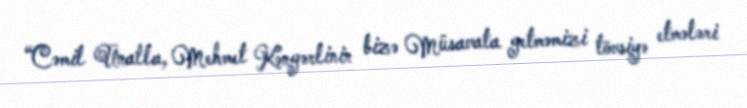
“Cəmil Ünalla, Mehmet Kəngərlinin bizə Müsavata getməmizi tövsiyə etmələri